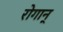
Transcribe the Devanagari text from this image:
रोगान्